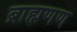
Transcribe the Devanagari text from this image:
ब्राह्मणण